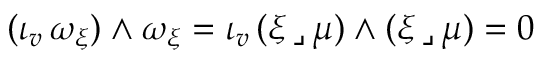
( \iota _ { v } \, \omega _ { \xi } ) \wedge \omega _ { \xi } = \iota _ { v } \, ( \xi \, \lrcorner \, \mu ) \wedge ( \xi \, \lrcorner \, \mu ) = 0